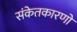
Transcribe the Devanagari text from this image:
संकेतकारणों